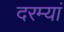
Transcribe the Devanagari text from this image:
दरम्यां